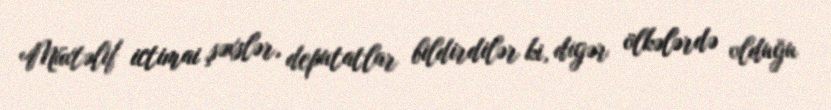
Müxtəlif ictimai şəxslər, deputatlar bildirdilər ki, digər ölkələrdə olduğu